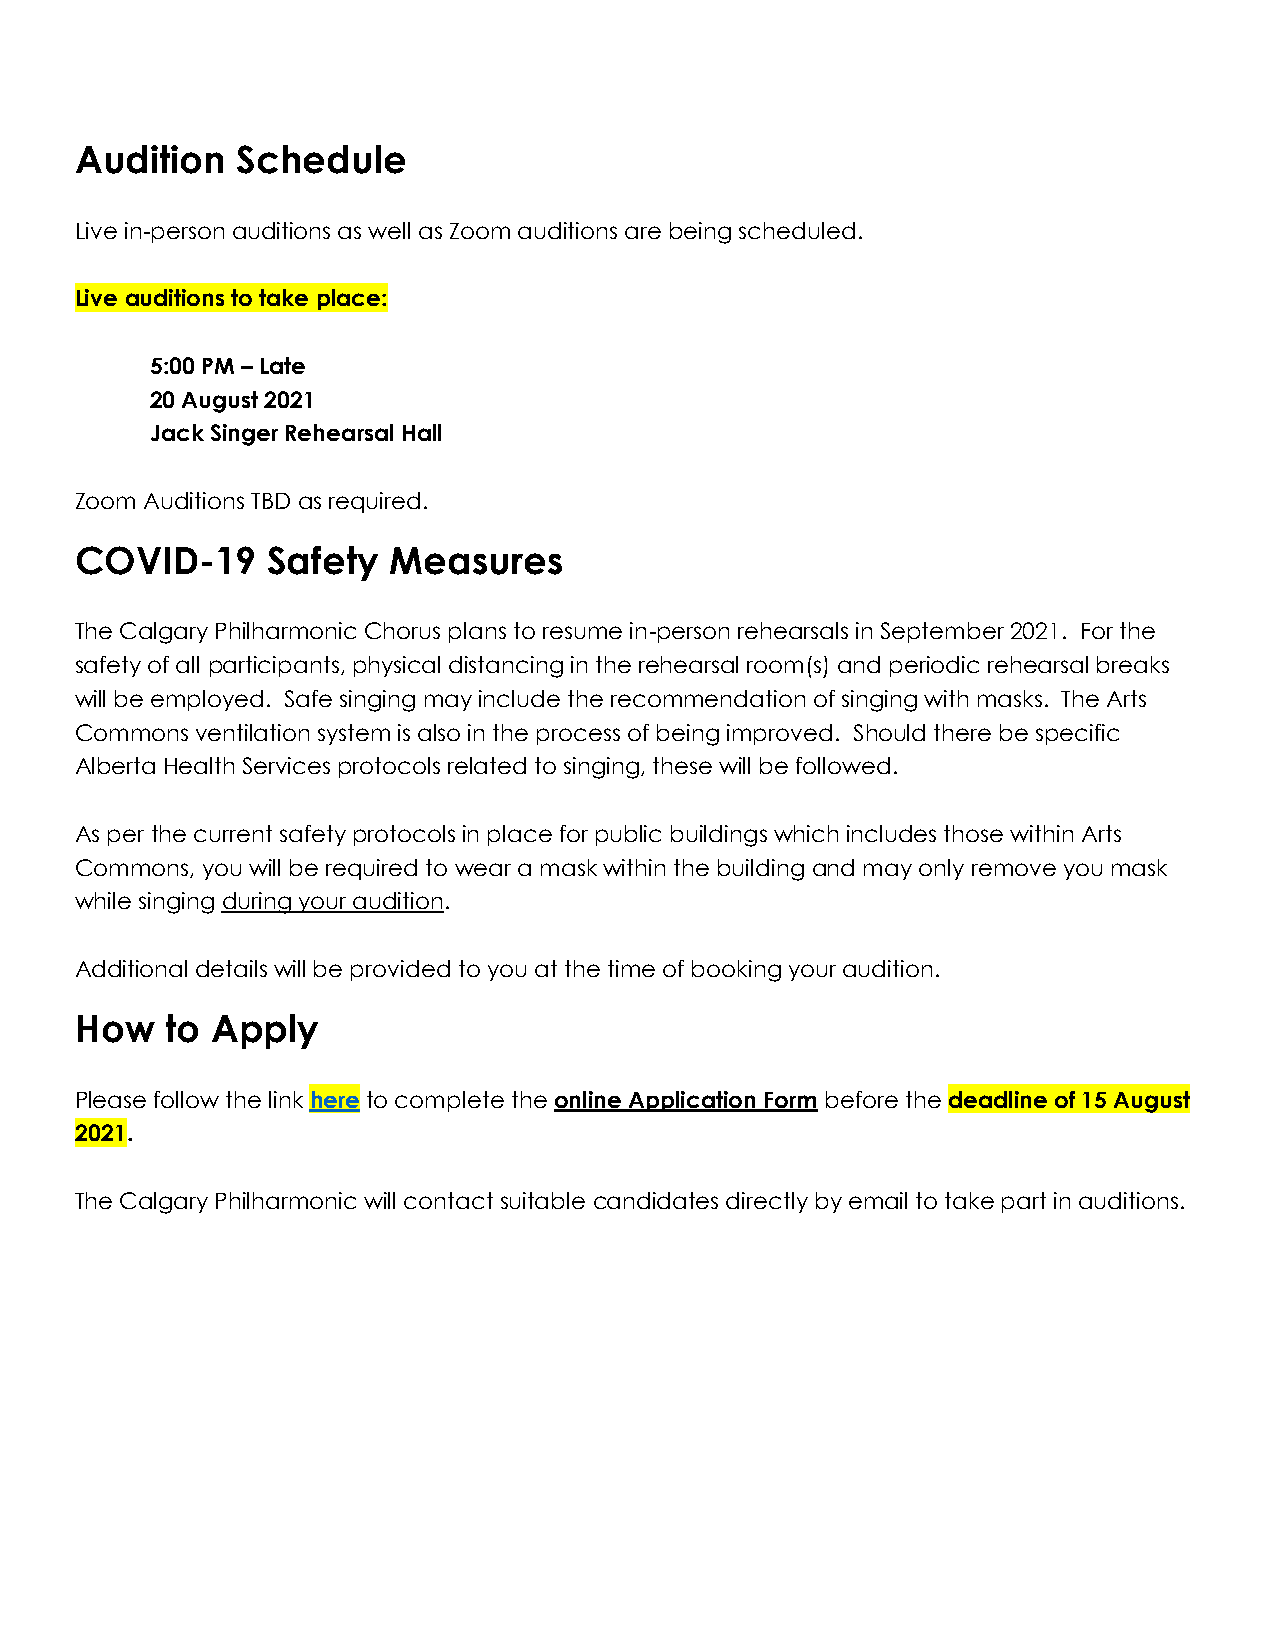
Audition   Schedule
 Live in-person auditions as well as Zoom auditions are being scheduled.
 Live auditions to take place:
 5:00 PM – Late
 20 August 2021
 Jack Singer Rehearsal Hall
 Zoom Auditions TBD as required.
 COVID-19     Safety  Measures
 The Calgary Philharmonic Chorus plans to resume in-person rehearsals in September 2021. For the
 safety of all participants, physical distancing in the rehearsal room(s) and periodic rehearsal breaks
 will be employed. Safe singing may include the recommendation of singing with masks. The Arts
 Commons ventilation system is also in the process of being improved. Should there be specific
 Alberta Health Services protocols related to singing, these will be followed.
 As per the current safety protocols in place for public buildings which includes those within Arts
 Commons, you will be required to wear a mask within the building and may only remove you mask
 while singing during your audition.
 Additional details will be provided to you at the time of booking your audition.
 How   to Apply
 Please follow the link here to complete the online Application Form before the deadline of 15 August
 2021.
 The Calgary Philharmonic will contact suitable candidates directly by email to take part in auditions.